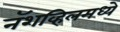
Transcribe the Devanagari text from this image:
नॅशव्हिलमध्ये